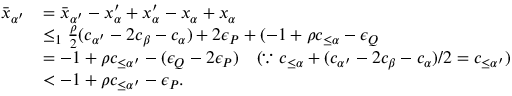
\begin{array} { r l } { \bar { x } _ { \alpha ^ { \prime } } } & { = \bar { x } _ { \alpha ^ { \prime } } - x _ { \alpha } ^ { \prime } + x _ { \alpha } ^ { \prime } - x _ { \alpha } + x _ { \alpha } } \\ & { \leq _ { 1 } \frac { \rho } { 2 } ( c _ { \alpha ^ { \prime } } - 2 c _ { \beta } - c _ { \alpha } ) + 2 \epsilon _ { P } + ( - 1 + \rho c _ { \leq \alpha } - \epsilon _ { Q } } \\ & { = - 1 + \rho c _ { \leq \alpha ^ { \prime } } - ( \epsilon _ { Q } - 2 \epsilon _ { P } ) \quad ( \because \ c _ { \leq \alpha } + ( c _ { \alpha ^ { \prime } } - 2 c _ { \beta } - c _ { \alpha } ) / 2 = c _ { \leq \alpha ^ { \prime } } ) } \\ & { < - 1 + \rho c _ { \leq \alpha ^ { \prime } } - \epsilon _ { P } . } \end{array}